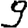
Digit: 9